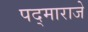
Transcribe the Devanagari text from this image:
पद्‌माराजे